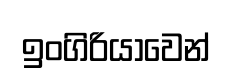
ඉංගිරියාවෙන්